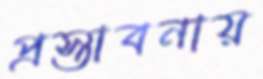
প্রস্তাবনায়